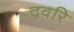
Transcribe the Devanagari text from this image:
दवरि